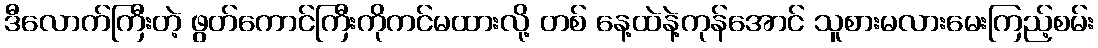
ဒီလောက်ကြီးတဲ့ ဖွတ်ကောင်ကြီးကိုကင်မထားလို့ တစ် နေ့ထဲနဲ့ကုန်အောင် သူစားမလားမေးကြည့်စမ်း